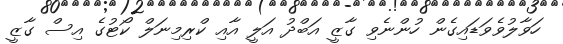
ހަވާލުވެވަޑައިގެން ހުންނެވި ގާޒީ އަބްދު އަލީ އާއި ކްރިމިނަލް ކޯޓުގެ އިސް ގާޒީ